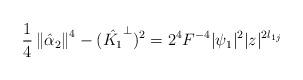
LaTeX: \begin{align*}\frac{1}{4}\left\Vert \hat{\alpha}_2\right\Vert^4-(\hat{K_1}^{\perp})^2=2^4F^{-4}|\psi _1|^2|z|^{2l_{1j}}\end{align*}